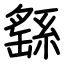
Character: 繇